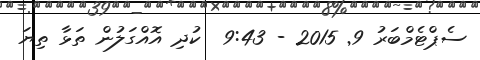
ސެޕްޓެމްބަރު 9